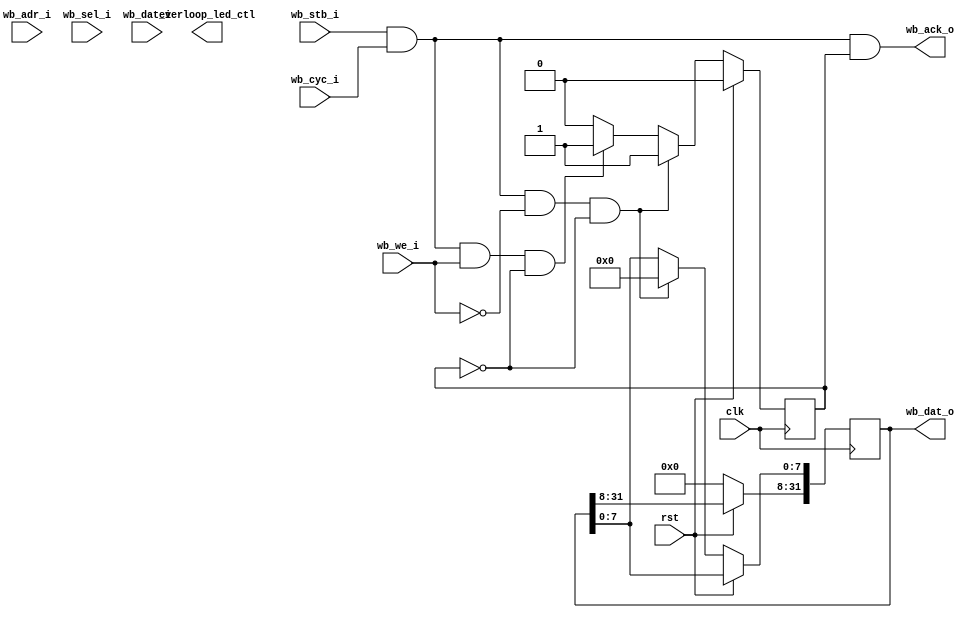
module wb_everloop#(
  parameter mem_file_name = "none"  
)(
  input              clk,
  input              rst,
     
   // Wishbone interface
   input              wb_stb_i,
   input              wb_cyc_i,
   output             wb_ack_o,
   input              wb_we_i,
   input       [31:0] wb_adr_i,
   input        [3:0] wb_sel_i,
   input       [31:0] wb_dat_i,
   output reg  [31:0] wb_dat_o,

   // Everloop interface
   output everloop_led_ctl // Es la salida que va conectada al everloop fisico
   //input  led_fb,  // Esta entrada no es utilizada NPI
);


assign wb_ack_o = wb_stb_i & wb_cyc_i & ack;

wire wb_rd = wb_stb_i & wb_cyc_i & ~wb_we_i;
wire wb_wr = wb_stb_i & wb_cyc_i &  wb_we_i;
reg  ack;

//registros de prueba

reg [7:0] prueba_1;
reg [7:0] prueba_2;
reg [7:0] prueba_3;

  always @(posedge clk)
  begin
    if (rst) begin
      ack         <= 0;
      prueba_1    <= 8'b0;
      prueba_2    <= 8'b0;
      prueba_3    <= 8'b0;
    end else begin
	  wb_dat_o[31:8] <= 24'b0;
      // Handle WISHBONE access
      ack    <= 0;
//--------------------------------------------------------------------------------
     if (wb_rd & ~ack) begin               // Operación de lectura Wishbone
       ack <= 1;
			case (wb_adr_i[4:2])

				3'b001: begin               // Switches
					wb_dat_o[7:0] <= 8'b0; //Mostrar registro de estado
				end

				3'b010: begin               // Botones
					wb_dat_o[7:0] <= 8'b0; //Por defecto los dejo en cero
				end
      
				default: begin
					wb_dat_o[7:0] <= 8'b0; //Debido a que no estoy leyendo nada, en caso de escritura se debe incluir un case con la direccion de los switches y asignarle a wb_dat_0 los valores de la entrada, de switchs o buttons.	
				end
	        endcase
     end
//--------------------------------------------------------------------------------
     else if (wb_wr & ~ack ) begin // write cycle
       ack <= 1;
			case (wb_adr_i[7:0])
				'h00: begin
                    prueba_1 <= wb_dat_i[7:0];
				end
				'h04: begin
					prueba_2 <= wb_dat_i[7:0];
		    end
				'h08: begin
					prueba_3 <= wb_dat_i[7:0];
				end
				default: begin
                    prueba_1 <= 8'b0;
                    prueba_2 <= 8'b0;
                    prueba_3 <= 8'b0;
				end
			endcase
     end
    end
  end

endmodule